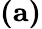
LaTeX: \textbf{(a)}